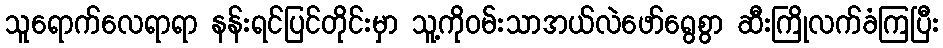
သူရောက်လေရာရာ နန်းရင်ပြင်တိုင်းမှာ သူ့ကိုဝမ်းသာအယ်လဲဖော်ရွေစွာ ဆီးကြိုလက်ခံကြပြီး